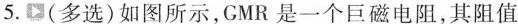
5.(多选)如图所示，CMR是一个巨磁电阻，其阻值